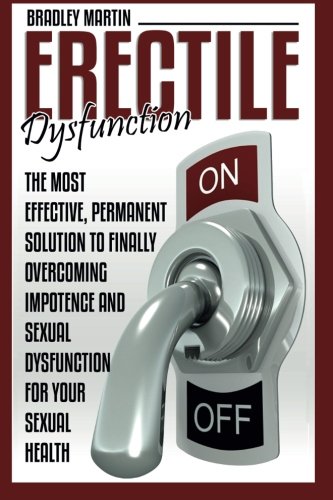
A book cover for Erectile Dysfunction: The Most Effective, Permanent Solution to Finally Overcoming Impotence and Sexual Dysfunction for Your Sexual Health; Bradley Martin; Health, Fitness & Dieting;